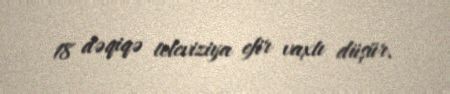
18 dəqiqə televiziya efir vaxtı düşür.